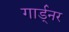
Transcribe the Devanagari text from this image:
गार्ड्नर